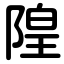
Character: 隍